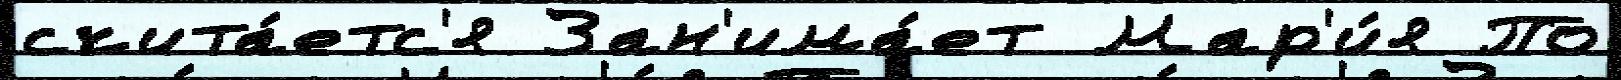
счита́етс'я Зан'има́ет Мар'и́я По